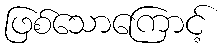
ဖြစ်သောကြောင့်